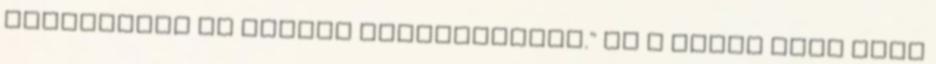
vélhetőleg ez utóbbi robusztusabb." Ez a topic most pont